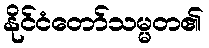
နိုင်ငံတော်သမ္မတ၏